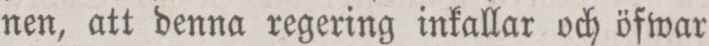
nen, att denna regering inkallar och öfwar